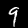
Label: 9